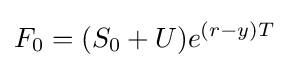
F_{0}=(S_{0}+U)e^{(r-y)T}